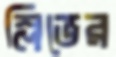
স্লিভের